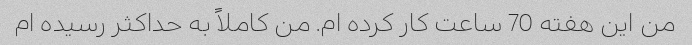
من این هفته 70 ساعت کار کرده ام. من کاملاً به حداکثر رسیده ام